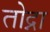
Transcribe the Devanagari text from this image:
तोद्ना